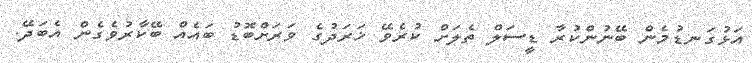
އަޅުގަނޑުމެން ބޭނުންކުރާ ޑީސަލް ތެލަށް ކުރެވޭ ޚަރަދުގެ ވަރަށްބޮޑު ބައެއް ބޭކާރުވެގެން އެބަދޭ.